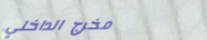
مخرج الداخلي